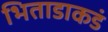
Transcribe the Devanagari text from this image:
भिताडाकडं